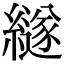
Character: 繸